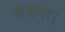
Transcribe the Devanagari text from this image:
वंदना।